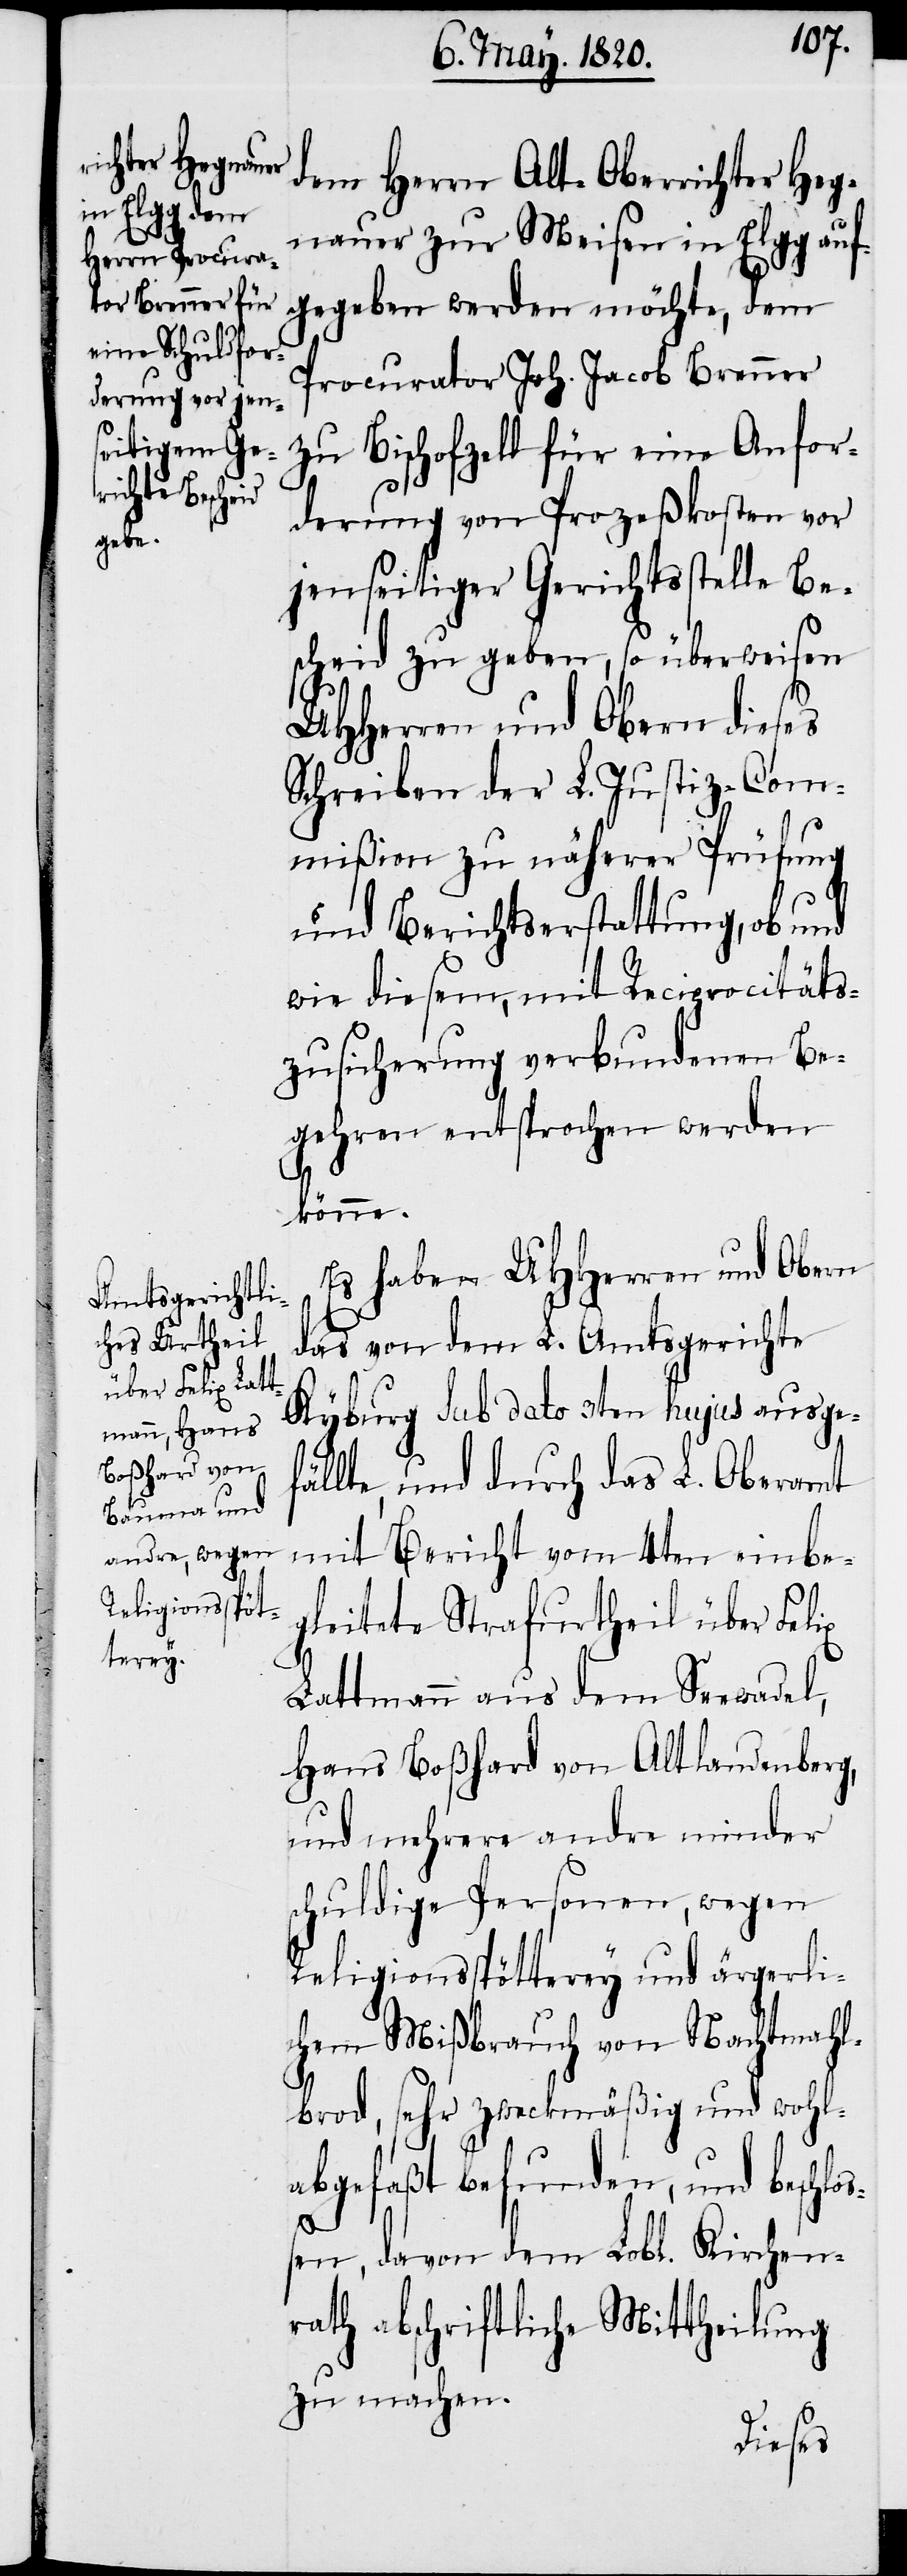
dem Herrn Alt-Oberrichter Heg¬
nauer zur Meisen in Elgg auf¬
gegeben werden möchte, dem
Procurator Joh. Jacob Brenner
zu Bischofzell für eine Anfor¬
derung von Prozeßkosten vor
jenseitiger Gerichtsstelle Be¬
scheid zu geben, so überweisen
UHHerren und Obern dieses
Schreiben der L. Justiz-Com¬
mißion zu näherer Prüfung
und Berichtserstattung, ob und
wie diesem, mit Reciprocitäts¬
zusicherung verbundenen Be¬
gehren entsprochen werden
könne.
Es haben UHHerren und Obern
das von dem L. Amtsgerichte
Kyburg sub dato 3ten hujus ausge¬
fällte, und durch das L. Oberamt
mit Bericht vom 4ten einbe¬
gleitete Strafurtheil über Felix
Lattmann aus dem Seewadel,
Hans Boßhard von Altlandenberg,
und mehrere andere minder
schuldige Personen, wegen
Religionsspötterey und ärgerli¬
chem Mißbrauch von Nachtmahl¬
brod, sehr zweckmäßig und wohl¬
abgefaßt befunden, und beschlo¬
ßen, davon dem Lobl. Kirchen¬
rath abschriftliche Mittheilung
zu machen.